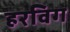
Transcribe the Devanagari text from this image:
हरविग